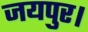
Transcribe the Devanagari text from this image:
जयपुर।